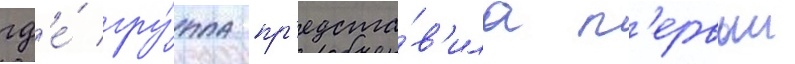
гд'е́ гру́ппа пр'едста́в'ила п'ервыи